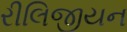
રીલિજીયન